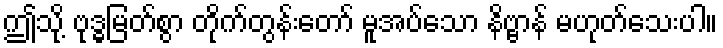
ဤသို့ ဗုဒ္ဓမြတ်စွာ တိုက်တွန်းတော် မူအပ်သော နိဗ္ဗာန် မဟုတ်သေးပါ။